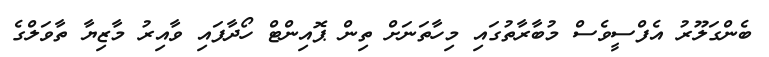
ބެންގަލޫރު އެފްސީވެސް މުބާރާތުގައި މިހާތަނަށް ތިން ޕޮއިންޓް ހޯދާފައި ވާއިރު މާޒިޔާ ތާވަލްގެ